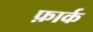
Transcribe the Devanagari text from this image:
फ़ार्क